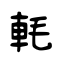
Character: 軞